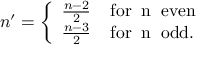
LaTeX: n ^ { \prime } = \left\{ \begin{array} { l } { { \frac { n - 2 } { 2 } \; \; \; \; \mathrm { f o r \; \; n \; \; e v e n } } } \\ { { \frac { n - 3 } { 2 } \; \; \; \; \mathrm { f o r \; \; n \; \; o d d } . } } \end{array} \right.